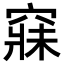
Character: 𥧌